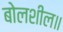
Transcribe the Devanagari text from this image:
बोलशील॥